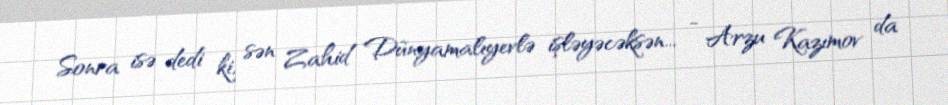
Sonra isə dedi ki, sən Zahid Dünyamalıyevlə işləyəcəksən... - Arzu Kazımov da